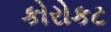
કોરોકટ